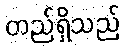
တည်ရှိသည်